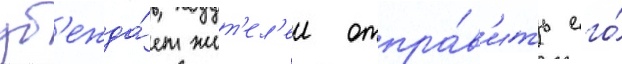
уб'ежда́ет жит'ел'еи отпра́в'ить его́